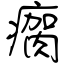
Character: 瘸